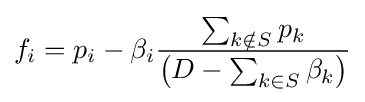
f_{i}=p_{i}-\beta _{i}{\frac {\sum _{k\notin S}p_{k}}{\left(D-\sum _{k\in S}\beta _{k}\right)}}